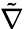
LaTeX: \tilde{\nabla}